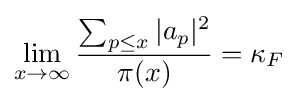
\lim _{x\rightarrow \infty }{\frac {\sum _{p\leq x}\vert a_{p}\vert ^{2}}{\pi (x)}}=\kappa _{F}